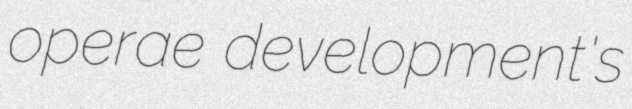
operae development's